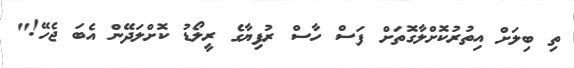
ތި ބިލަށް އިތުރުކޮށްލާގޮތަށް ފަސް ހާސް ރުފިޔާގެ ރީލޯޑު ކޮށްލަދޭން އެބަ ޖެހޭ!"